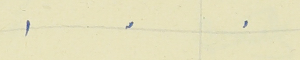
.    .    .